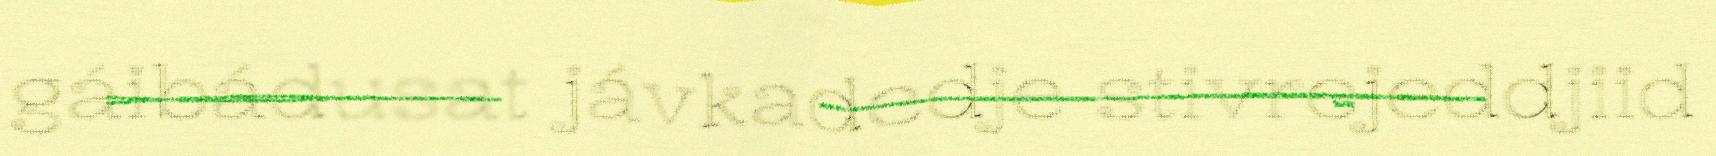
gáibádusat jávkadedje stivrejeddjiid